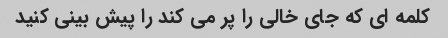
کلمه ای که جای خالی را پر می کند را پیش بینی کنید